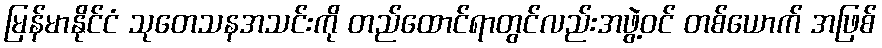
မြန်မာနိုင်ငံ သုတေသနအသင်းကို တည်ထောင်ရာတွင်လည်းအဖွဲ့ဝင် တစ်ယောက် အဖြစ်